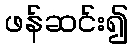
ဖန်ဆင်း၍